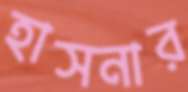
হাসনার